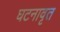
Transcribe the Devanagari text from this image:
घटनावृत